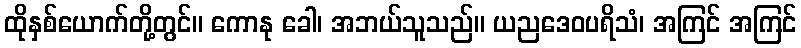
ထိုနှစ်ယောက်တို့တွင်။ ကောနု ခေါ၊ အဘယ်သူသည်။ ယညဒေဝပရိသံ၊ အကြင် အကြင်